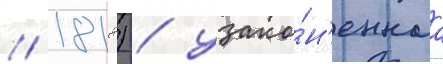
// 1818) / узако́н'еннаа